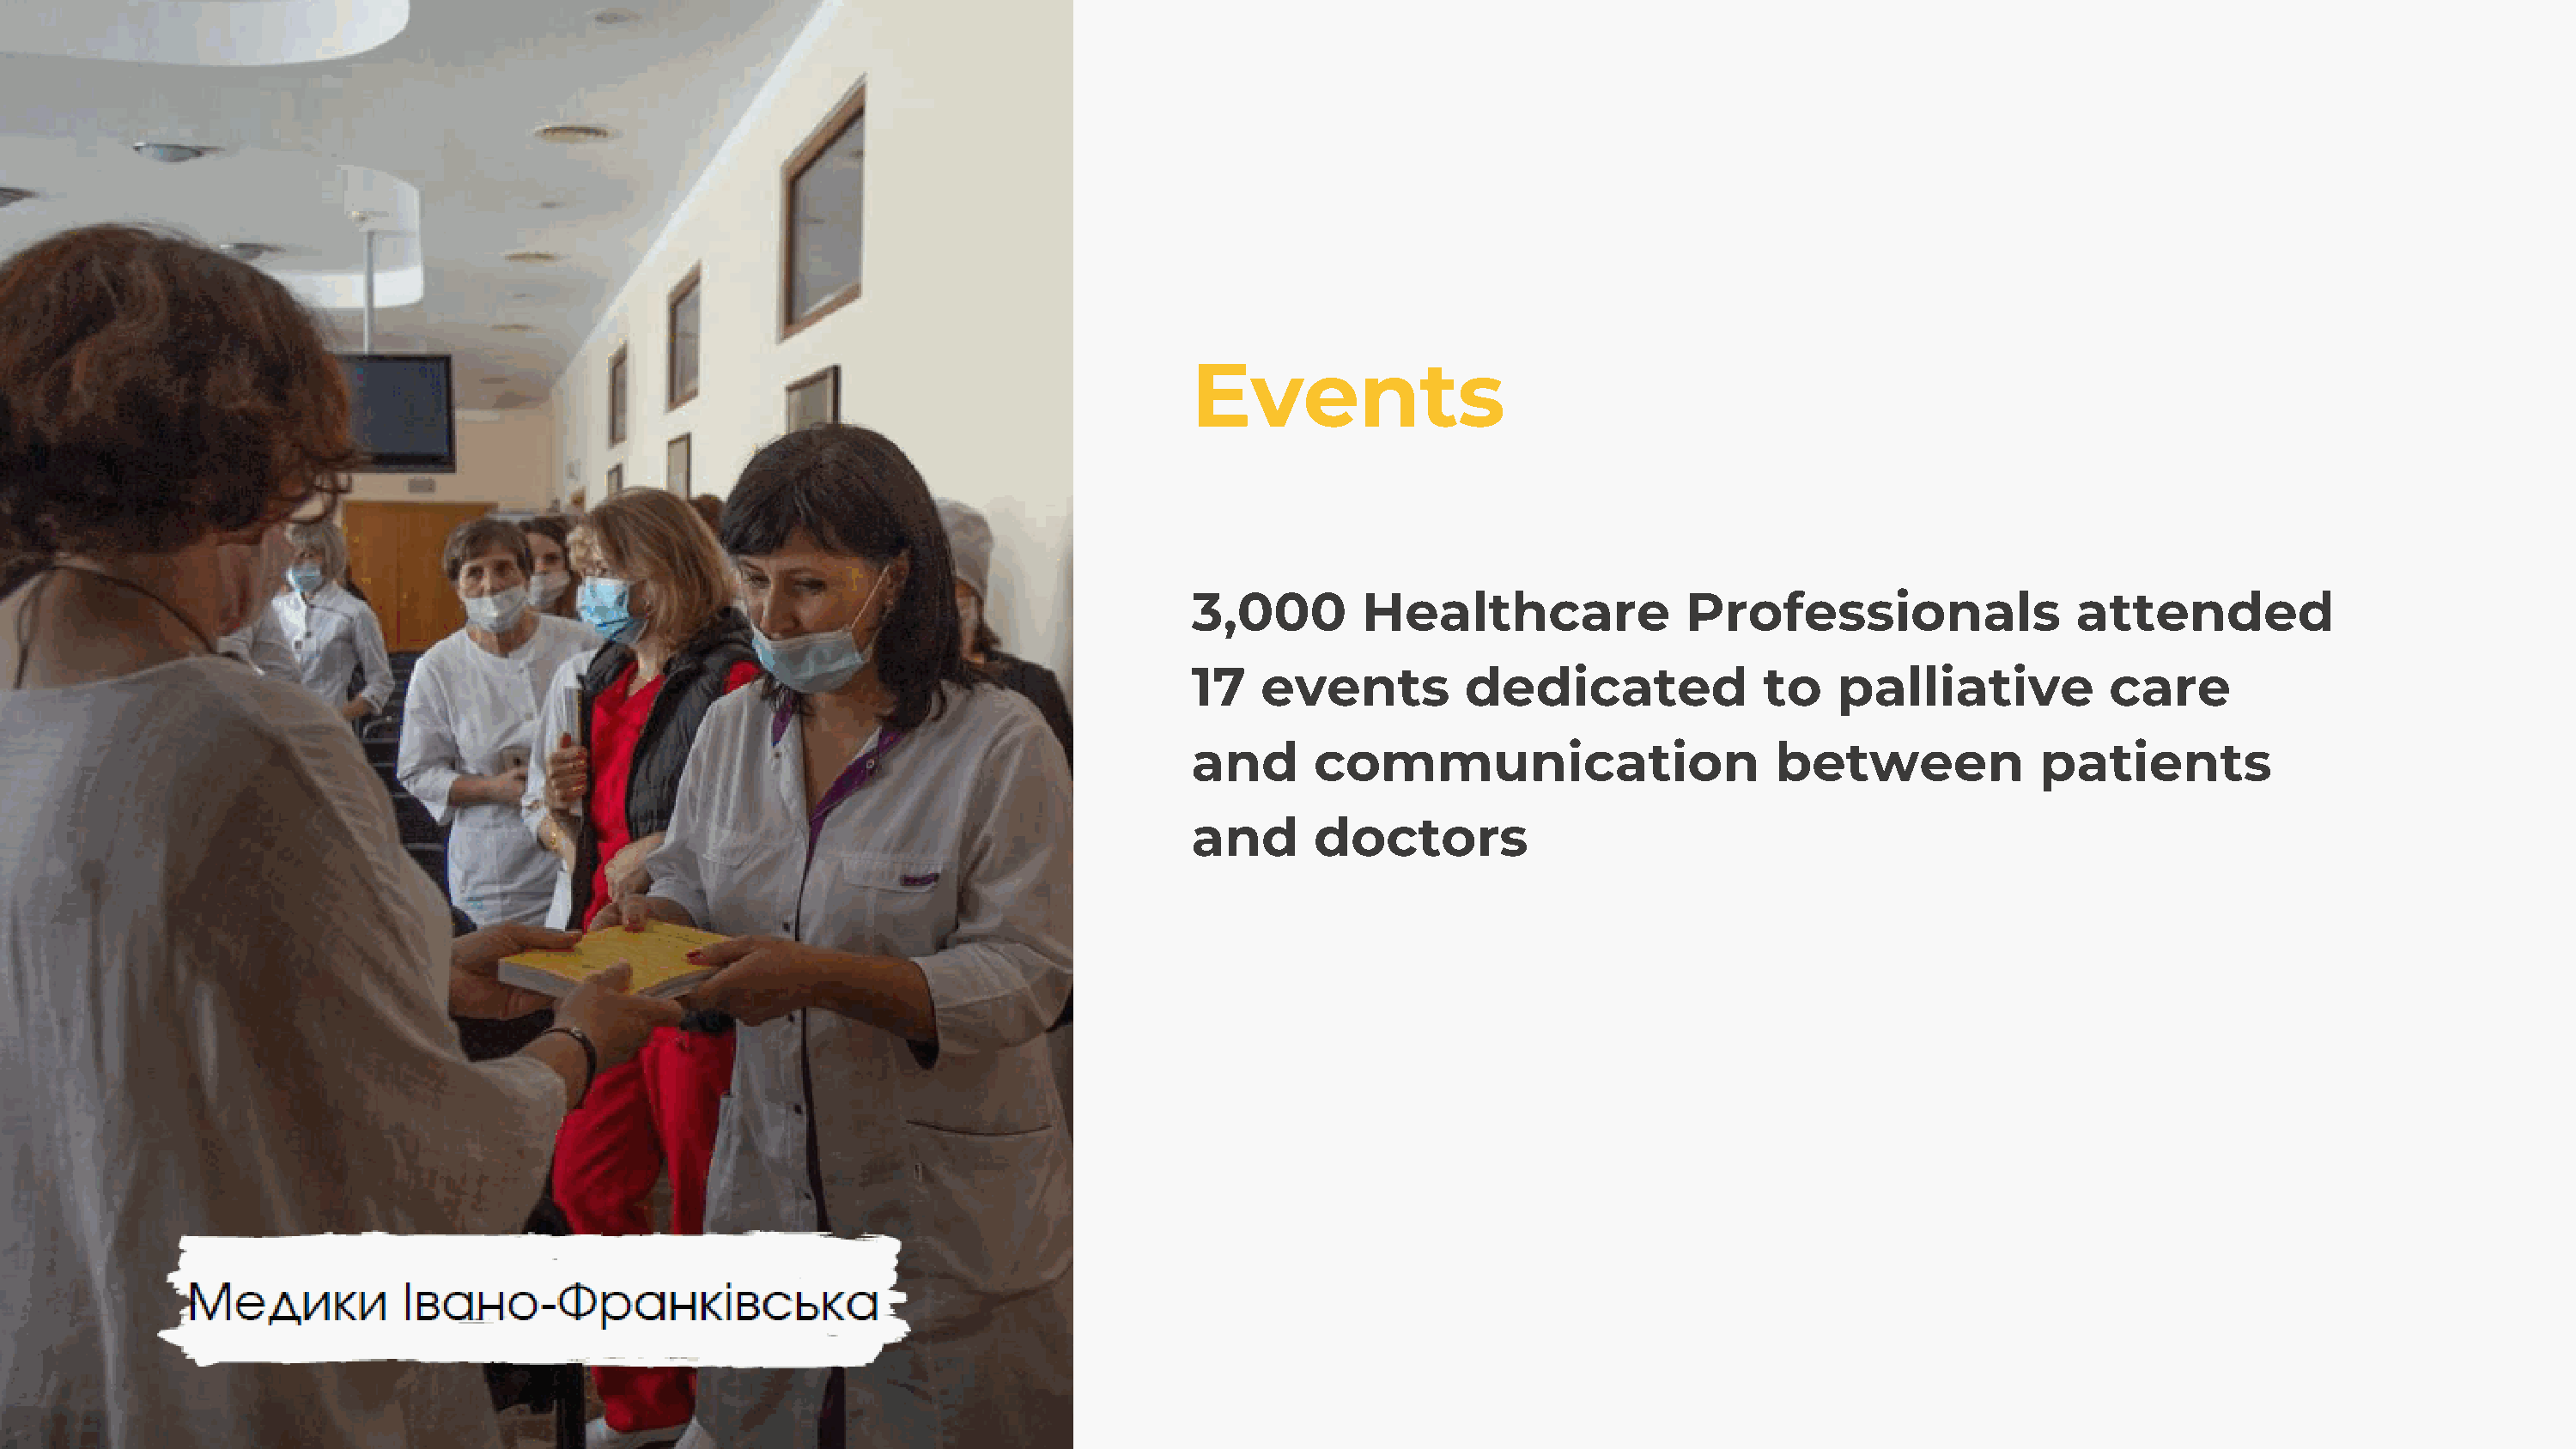
Events
 3,000        Healthcare               Professionals                 attended
 17   events          dedicated              to    palliative           care
 and      communication                       between             patients
 and      doctors